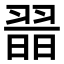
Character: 𦑾